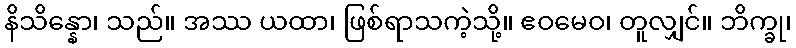
နိသိန္နော၊ သည်။ အဿ ယထာ၊ ဖြစ်ရာသကဲ့သို့။ ဧဝမေဝ၊ တူလျှင်။ ဘိက္ခု၊